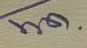
พ.ค.